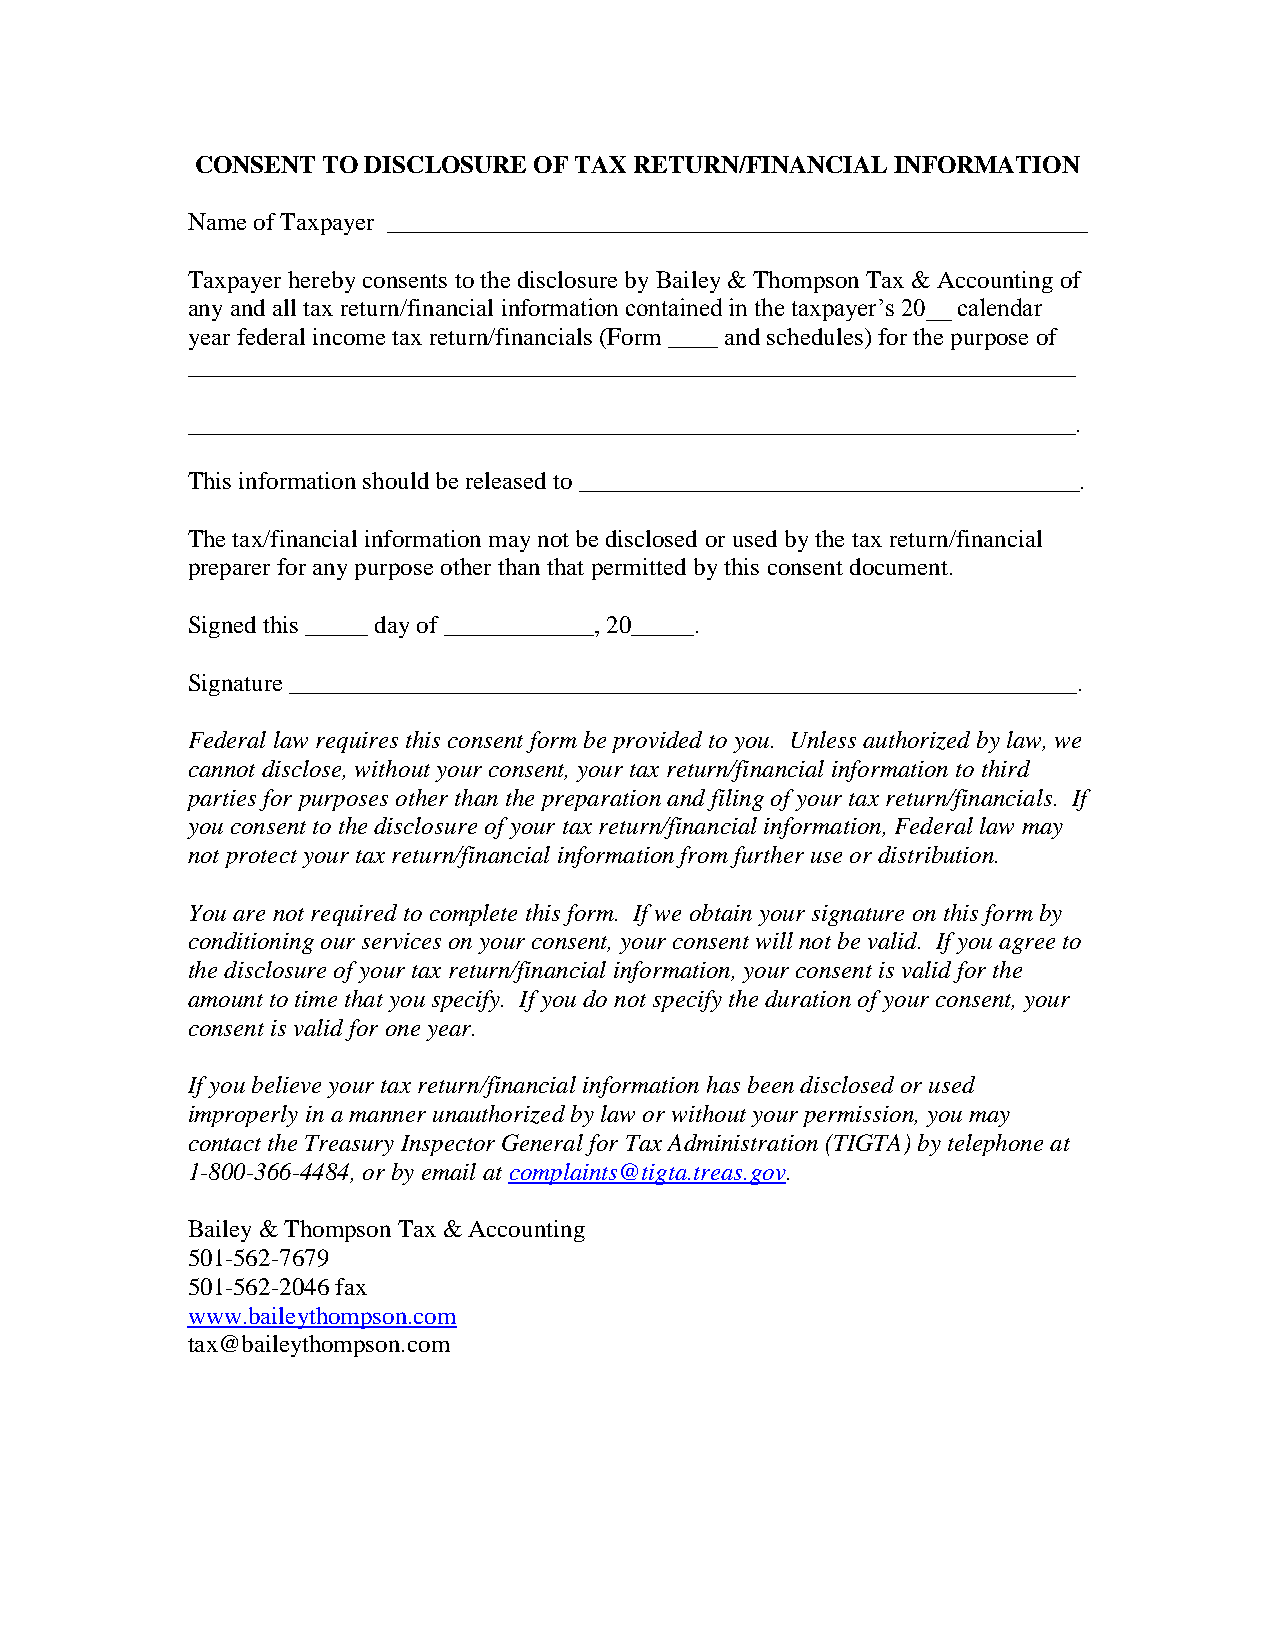
CONSENT TO DISCLOSURE OF TAX RETURN/FINANCIAL INFORMATION
 Name of Taxpayer ________________________________________________________
 Taxpayer hereby consents to the disclosure by Bailey & Thompson Tax & Accounting of
 any and all tax return/financial information contained in the taxpayer’s 20__ calendar
 year federal income tax return/financials (Form ____ and schedules) for the purpose of
 _______________________________________________________________________
 _______________________________________________________________________.
 This information should be released to ________________________________________.
 The tax/financial information may not be disclosed or used by the tax return/financial
 preparer for any purpose other than that permitted by this consent document.
 Signed this _____ day of ____________, 20_____.
 Signature _______________________________________________________________.
 Federal law requires this consent form be provided to you. Unless authorized by law, we
 cannot disclose, without your consent, your tax return/financial information to third
 parties for purposes other than the preparation and filing of your tax return/financials. If
 you consent to the disclosure of your tax return/financial information, Federal law may
 not protect your tax return/financial information from further use or distribution.
 You are not required to complete this form. If we obtain your signature on this form by
 conditioning our services on your consent, your consent will not be valid. If you agree to
 the disclosure of your tax return/financial information, your consent is valid for the
 amount to time that you specify. If you do not specify the duration of your consent, your
 consent is valid for one year.
 If you believe your tax return/financial information has been disclosed or used
 improperly in a manner unauthorized by law or without your permission, you may
 contact the Treasury Inspector General for Tax Administration (TIGTA) by telephone at
 1-800-366-4484, or by email at complaints@tigta.treas.gov.
 Bailey & Thompson Tax & Accounting
 501-562-7679
 501-562-2046 fax
 www.baileythompson.com
 tax@baileythompson.com